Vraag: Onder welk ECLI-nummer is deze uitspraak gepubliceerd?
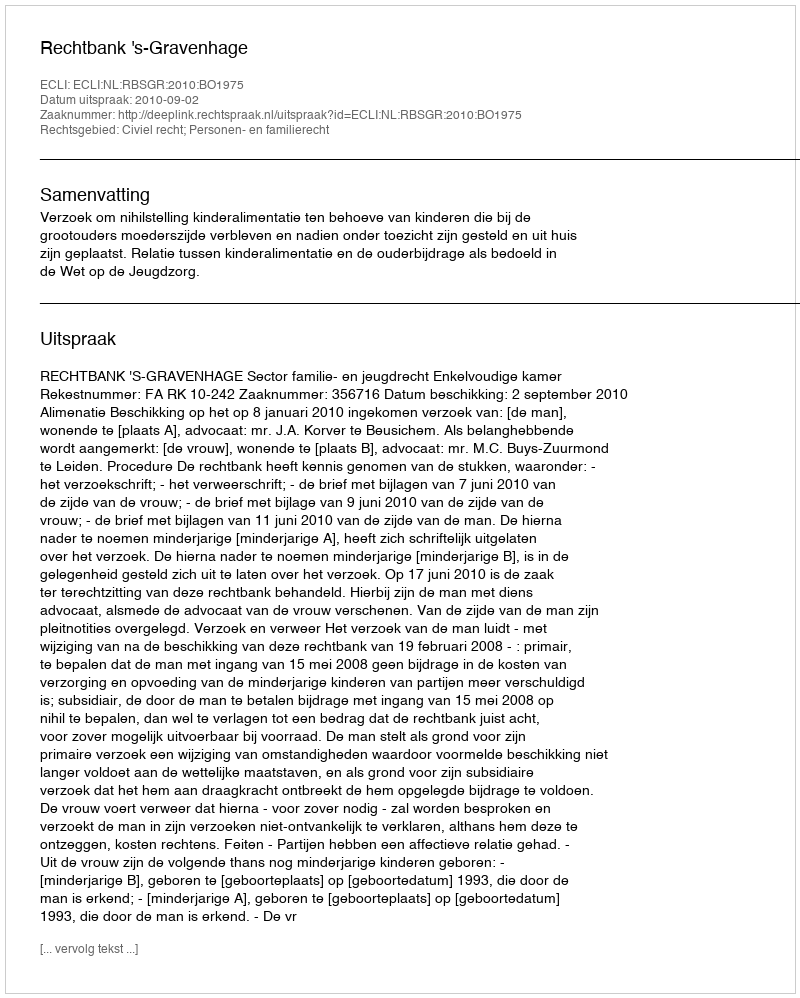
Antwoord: ECLI:NL:RBSGR:2010:BO1975